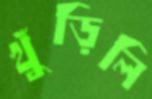
খুঁড়িলি